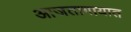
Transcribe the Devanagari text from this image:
आजतागायात